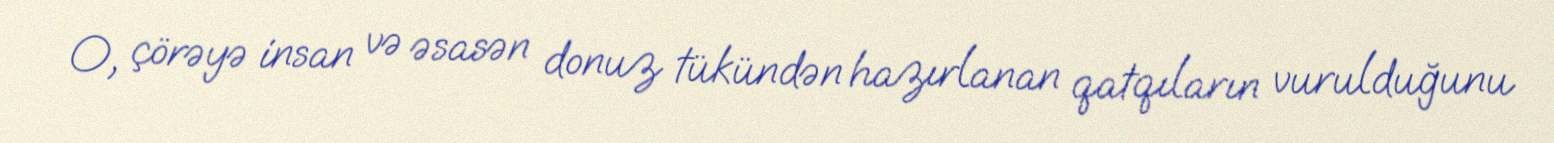
O, çörəyə insan və əsasən donuz tükündən hazırlanan qatqıların vurulduğunu